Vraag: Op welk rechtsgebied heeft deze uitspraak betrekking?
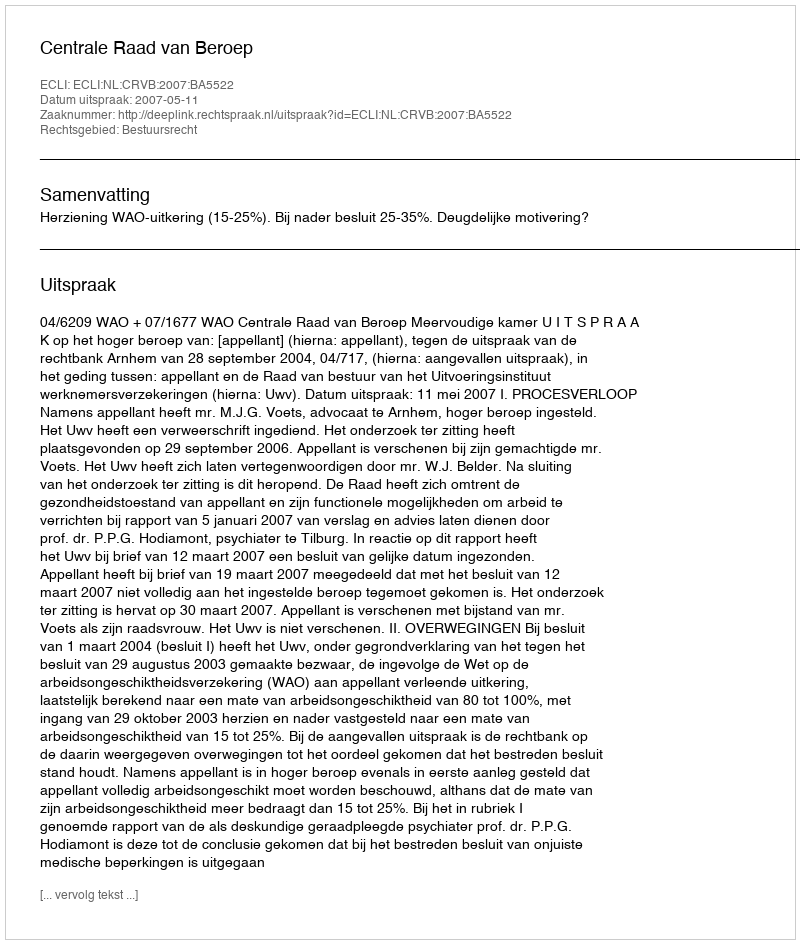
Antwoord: Bestuursrecht